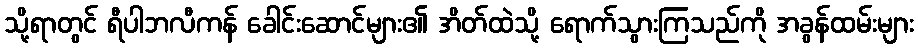
သို့ရာတွင် ရီပါဘလီကန် ခေါင်းဆောင်များ၏ အိတ်ထဲသို့ ရောက်သွားကြသည်ကို အခွန်ထမ်းများ